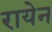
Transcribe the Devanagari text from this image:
रायेन